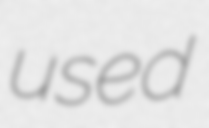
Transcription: used